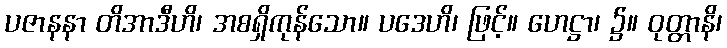
ပဇာနနာ တိအာဒီဟိ၊ အစရှိကုန်သော။ ပဒေဟိ၊ ဖြင့်။ ဟေဋ္ဌာ၊ ၌။ ဝုတ္တာနိ၊